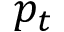
p _ { t }